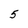
Character: 5